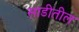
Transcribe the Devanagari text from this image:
साडीतील